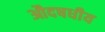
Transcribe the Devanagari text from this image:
औदषधीय